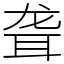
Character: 聋